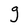
Character: g